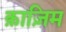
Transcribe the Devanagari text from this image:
क़ाज़िम